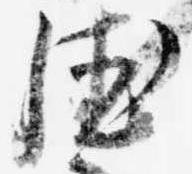
徳